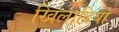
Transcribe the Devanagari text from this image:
खिलादियो